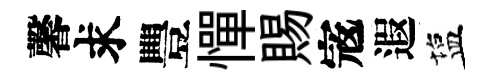
馨求豐憚賜𡨥遐塩